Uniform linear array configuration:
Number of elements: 48
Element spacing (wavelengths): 0.75
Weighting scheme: hann
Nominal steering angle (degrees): -60
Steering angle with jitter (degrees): -58.984
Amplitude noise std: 0.05
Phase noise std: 0.05

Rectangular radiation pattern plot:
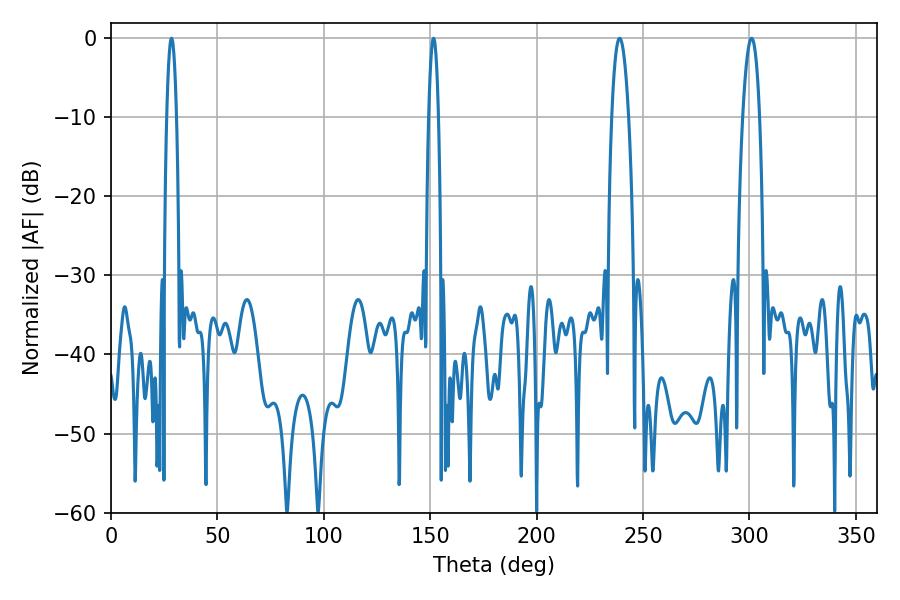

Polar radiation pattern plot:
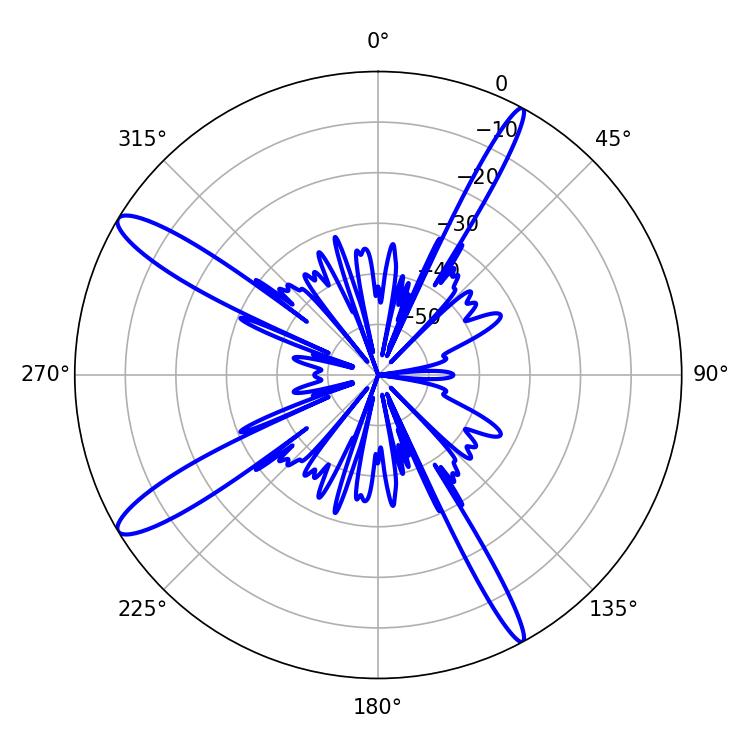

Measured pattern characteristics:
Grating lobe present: TRUE
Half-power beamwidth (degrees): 2.52
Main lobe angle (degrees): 28.44